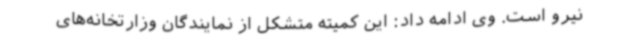
نیرو است. وی ادامه داد: این کمیته متشکل از نمایندگان وزارتخانه‌های